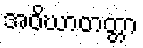
အဝိဃာတတ္တာ